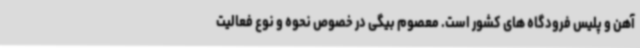
آهن و پلیس فرودگاه های کشور است. معصوم بیگی در خصوص نحوه و نوع فعالیت